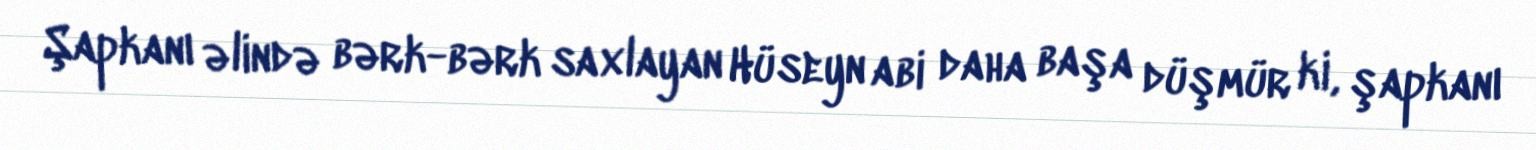
Şapkanı əlində bərk-bərk saxlayan Hüseyn abi daha başa düşmür ki, şapkanı